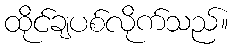
ထိုင်ချပစ်လိုက်သည်။